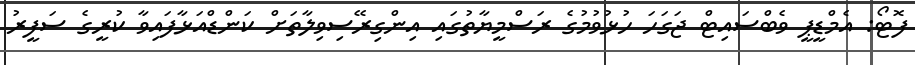
ފޮޓޯ: އެމްޑީޕީ ވެބްސައިޓް ޖަގަހަ ހުޅުވުމުގެ ރަސްމީޔާތުގައި އިންގިރޭސިވިލާތަށް ކަންޑްއަޅާފައިވާ ކުރީގެ ސަފީރު